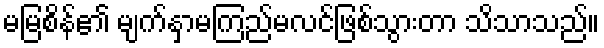
မမြစိန်၏ မျက်နှာမကြည်မလင်ဖြစ်သွားတာ သိသာသည်။